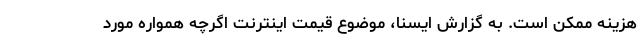
هزینه ممکن است. به گزارش ایسنا، موضوع قیمت اینترنت اگرچه همواره مورد